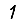
Digit: 1